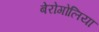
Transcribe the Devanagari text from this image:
बेरोगोलिया